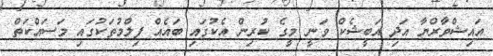
އައިޝްވާރްޔާ އަދި އަބީޝެކް ވަނީ މީގެ ކުރިން އެކުގައި ބައެއް ފިލްމުތަކުގައި މަސައްކަތް